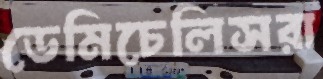
ডেমিচেলিসরা